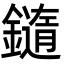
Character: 䥦